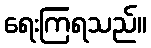
ရေးကြရသည်။